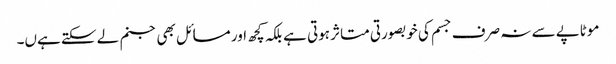
موٹاپے سے نہ صرف جسم کی خوبصورتی متاثر ہوتی ہے بلکہ کچھ اور مسائل بھی جنم لے سکتے ہےں۔